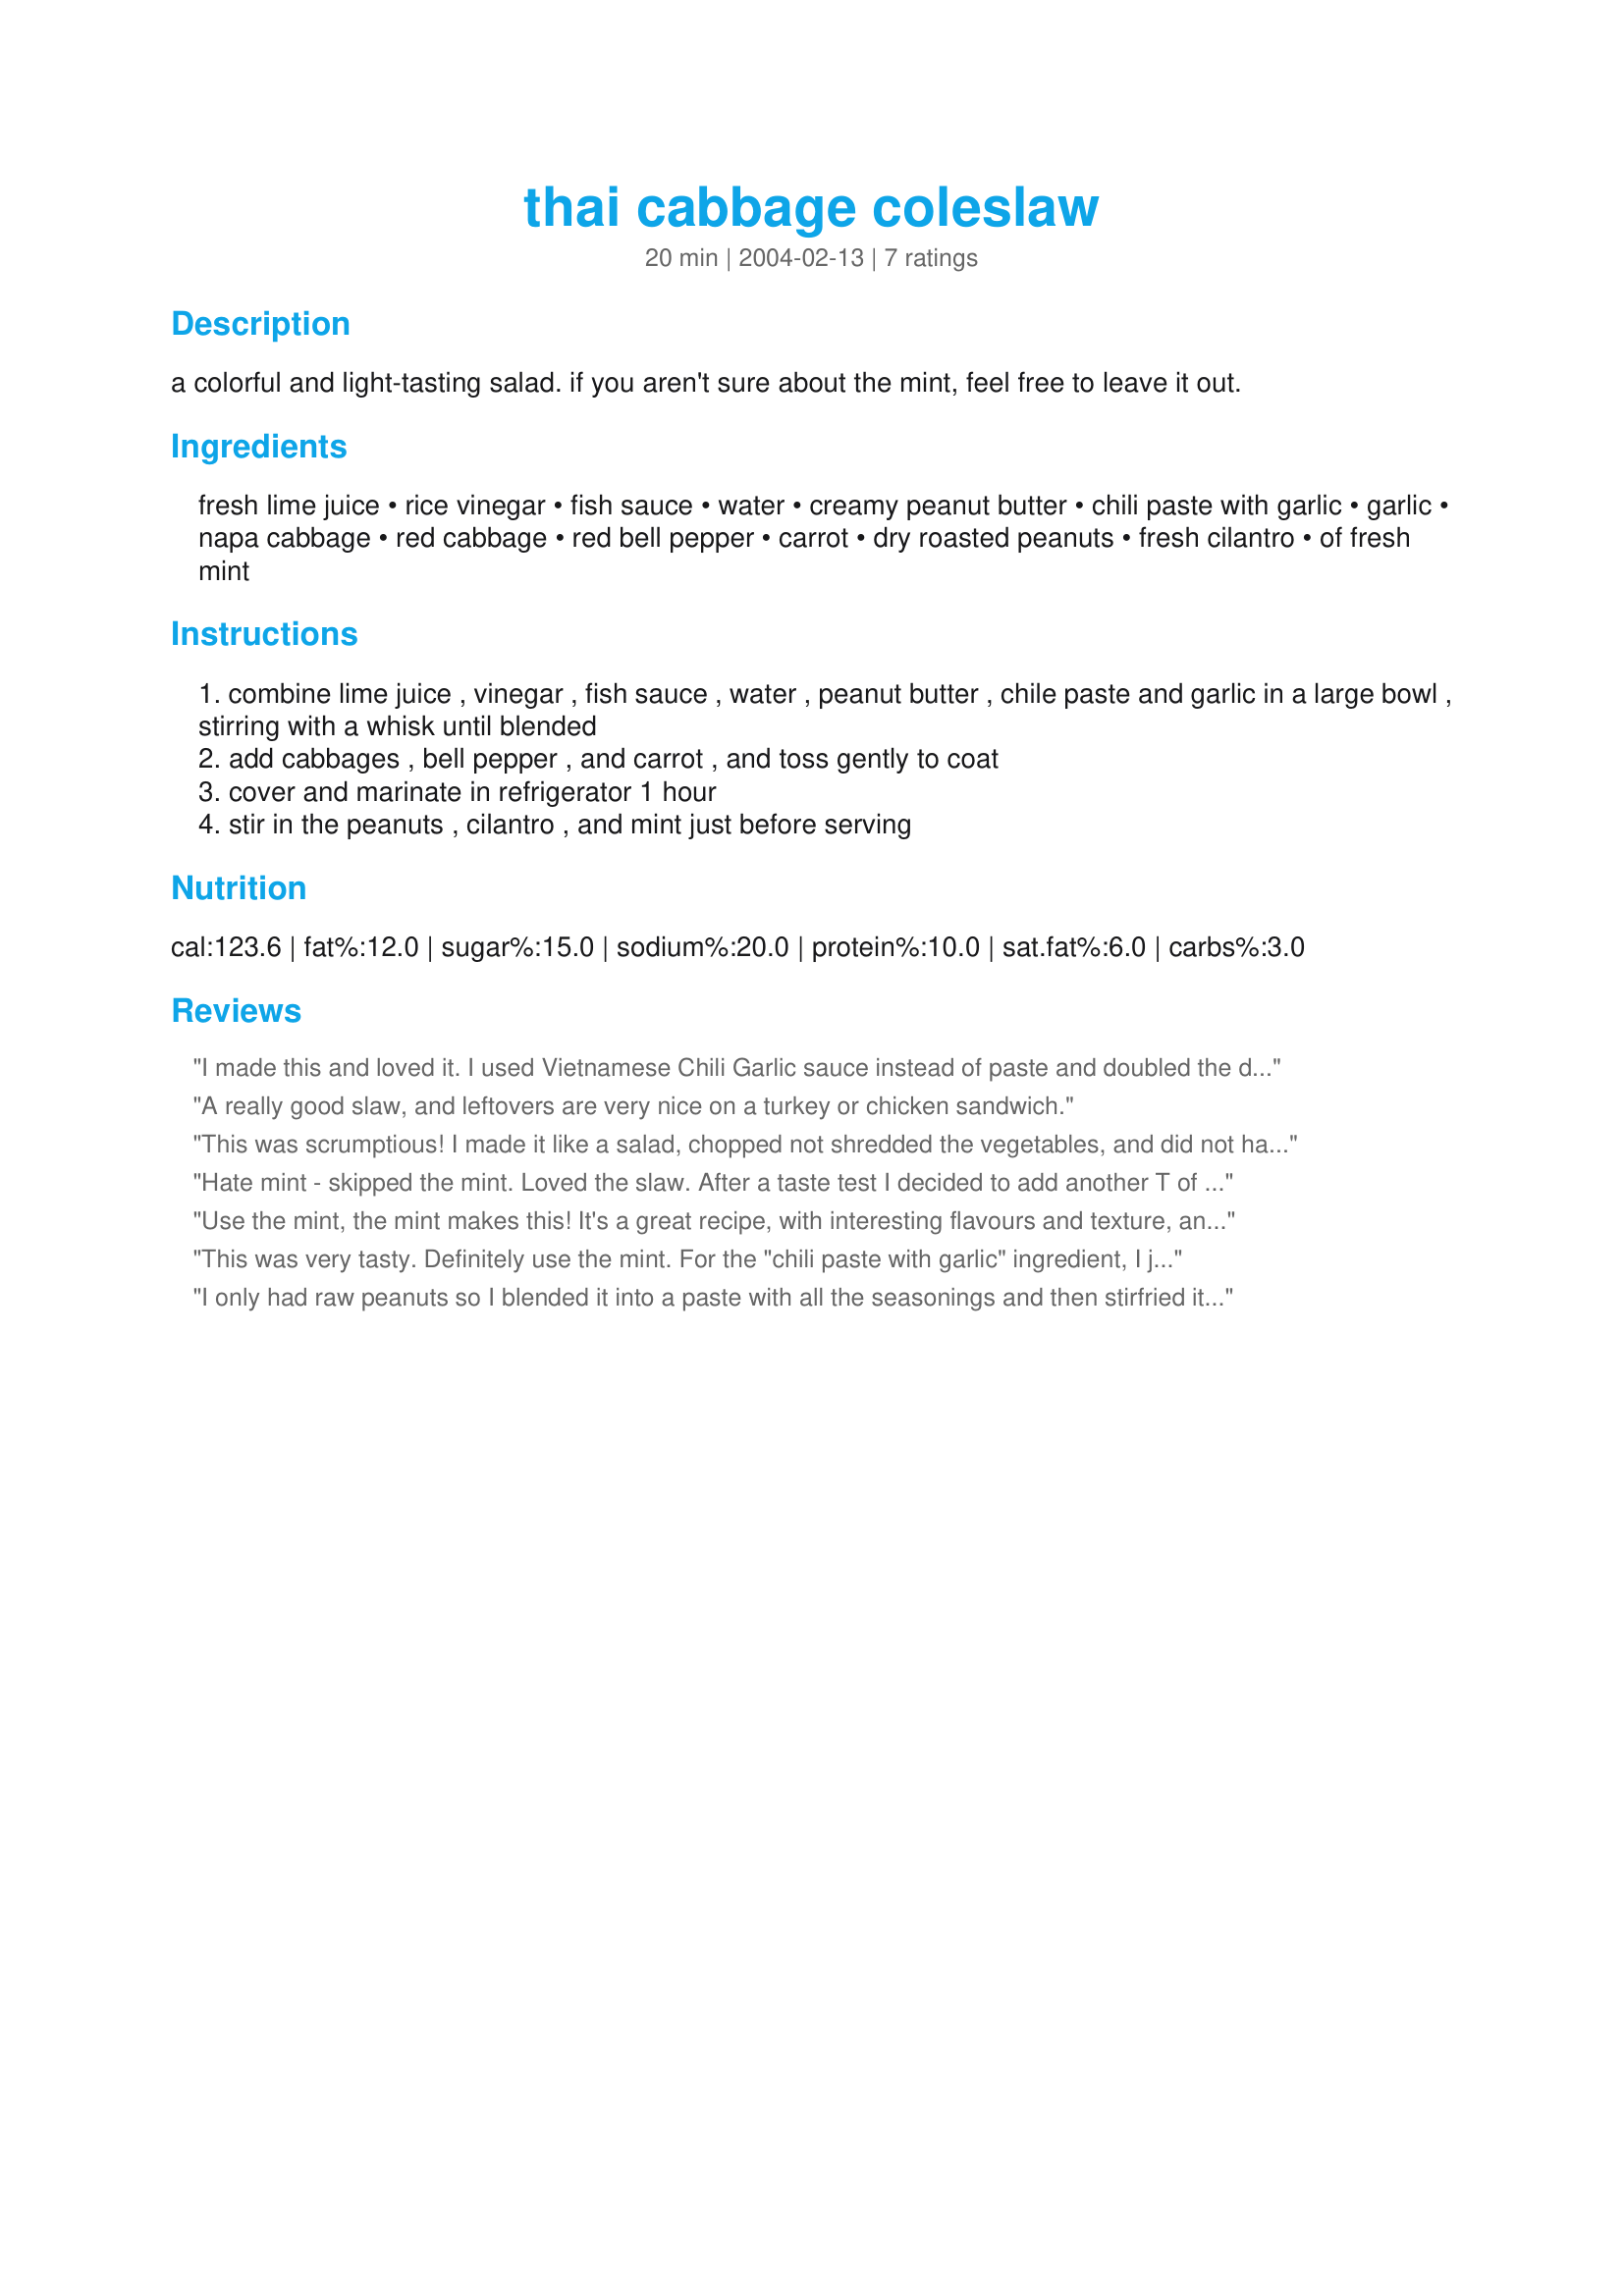
thai cabbage coleslaw
Preparation time: 20 minutes

a colorful and light-tasting salad. if you aren't sure about the mint, feel free to leave it out.

Ingredients:
fresh lime juice, rice vinegar, fish sauce, water, creamy peanut butter, chili paste with garlic, garlic, napa cabbage, red cabbage, red bell pepper, carrot, dry roasted peanuts, fresh cilantro, of fresh mint

Steps:
combine lime juice , vinegar , fish sauce , water , peanut butter , chile paste and garlic in a large bowl , stirring with a whisk until blended
add cabbages , bell pepper , and carrot , and toss gently to coat
cover and marinate in refrigerator 1 hour
stir in the peanuts , cilantro , and mint just before serving

Reviews:
I made this and loved it. I used Vietnamese Chili Garlic sauce instead of paste and doubled the dressing ingredients because I like it a little saucy. It was a great tasting healthy lunch all week. I may try to add some lump crab or clams to give it some protein. Easy to make, tastes great.
A really good slaw, and leftovers are very nice on a turkey or chicken sandwich.
This was scrumptious! I made it like a salad, chopped not shredded the vegetables, and did not have any red cabbage, so omitted that, but did add some chopped Bib lettuce that I had. I also used Vietnamese chili paste without garlic. I doubled the dressing, and marinated chicken breasts in part of it for several hours, grilled them, and chopped and added to the salad. A wonderful, light summer main dish meal! TIP: use the mint and cilantro, the flavor is superb! I will definitely make this frequently, thanks for the recipe!
Hate mint - skipped the mint. Loved the slaw. After a taste test I decided to add another T of peanut butter and a little honey to the dressing. There could be a fight over the leftovers.
Use the mint, the mint makes this! It's a great recipe, with interesting flavours and texture, and a huge change from ordinary coleslaw (which I happen to love). Left-overs were not nice though, so make it to use it at once. Thanks Sharlene.
This was very tasty. Definitely use the mint. For the "chili paste with garlic" ingredient, I just minced together a jalepeno, a serrano chili, and two garlic cloves (I like my food spicy).
I only had raw peanuts so I blended it into a paste with all the seasonings and then stirfried it a bit. I tossed in the cabbage, put an extra squeeze of lime and few dashes of salt. With a drizzel of sesame oil (no peanut oil). It was so good, I ended up throwing all my cabbage in. Will be eating this all week.
